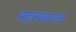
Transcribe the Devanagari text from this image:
महत्ववाला